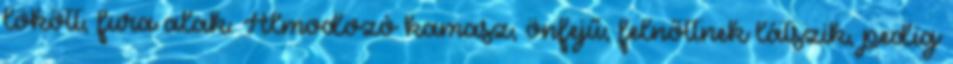
lökött, fura alak. Álmodozó kamasz, önfejű; felnőttnek látszik, pedig